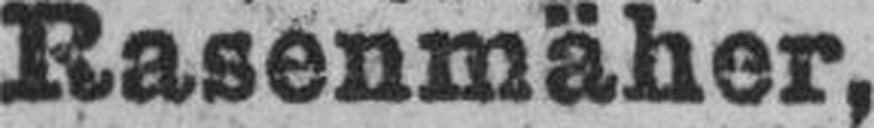
Rasenmäher,